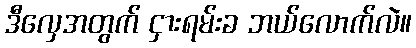
ဒီလှေအတွက် ငှားရမ်းခ ဘယ်လောက်လဲ။